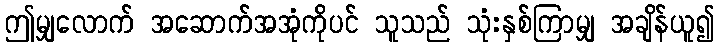
ဤမျှလောက် အဆောက်အအုံကိုပင် သူသည် သုံးနှစ်ကြာမျှ အချိန်ယူ၍